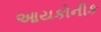
આયકોનીક